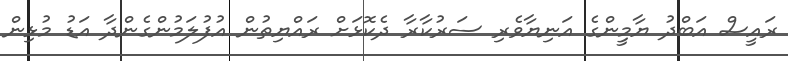
ރައީސް އަބްދު ޔާމިީންގެ އަނިޔާވެރި ސަރުކާރާ ދެކޮޅަށް ރައްޔިތުން އުފުލަމުންގެންދާ އަޑު މުޅިން